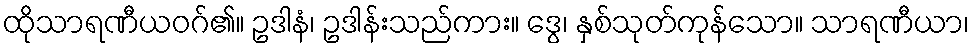
ထိုသာရဏီယဝဂ်၏။ ဥဒါနံ၊ ဥဒါန်းသည်ကား။ ဒွေ၊ နှစ်သုတ်ကုန်သော။ သာရဏီယာ၊